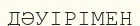
ДӘУІРІМЕН